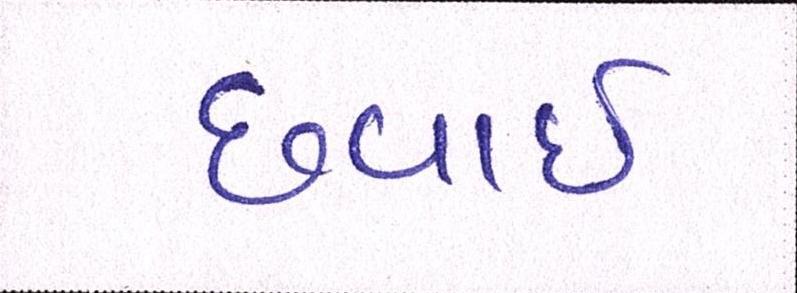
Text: છવાઇ